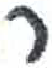
אות: ר